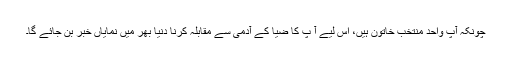
چونکہ آپ واحد منتخب خاتون ہیں، اس لیے آ پ کا ضیا کے آدمی سے مقابلہ کرنا دنیا بھر میں نمایاں خبر بن جائے گا۔